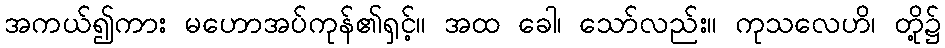
အကယ်၍ကား မဟောအပ်ကုန်၏ရှင့်။ အထ ခေါ၊ သော်လည်း။ ကုသလေဟိ၊ တို့၌